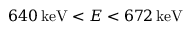
6 4 0 \, \mathrm { k e V } < E < 6 7 2 \, \mathrm { k e V }